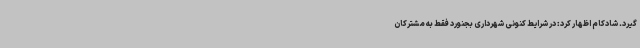
گیرد. شادکام اظهار کرد: در شرایط کنونی شهرداری بجنورد فقط به مشترکان